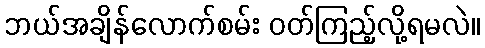
ဘယ်အချိန်လောက်စမ်း ဝတ်ကြည့်လို့ရမလဲ။